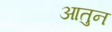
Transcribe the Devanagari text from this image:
आतुन